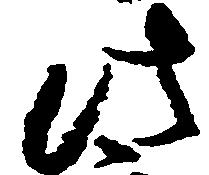
此